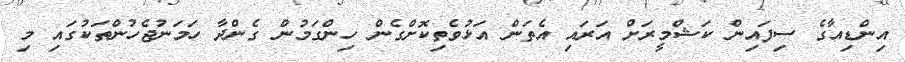
އިންޑިއާގެ ސިފައިން ކަޝްމީރަށް އަރައި އެތަން އަޅުވެތިކޮށްގެން ހިންގަމުން ގެންދާ ހަމަނުޖެހުންތަކުގައި މި